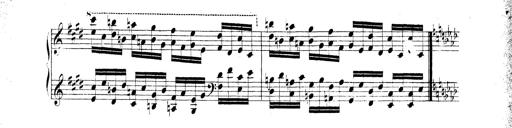
Title: Technische Studien
Composer: Franz Liszt